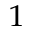
^ 1